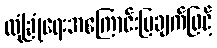
လုံခြုံရေးအကြောင်းပြချက်ဖြင့်